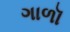
ગાળૉ